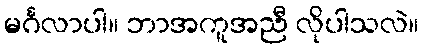
မင်္ဂလာပါ။ ဘာအကူအညီ လိုပါသလဲ။